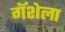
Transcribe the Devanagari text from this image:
गॅशेला